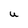
Character: u